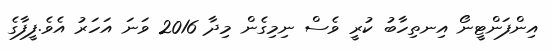
އިންފަންޓީނޯ އިނތިހާބު ކުރީ ވެސް ނިމިގެން މިދާ 2016 ވަނަ އަހަރު އެވެ.ފީފާގެ